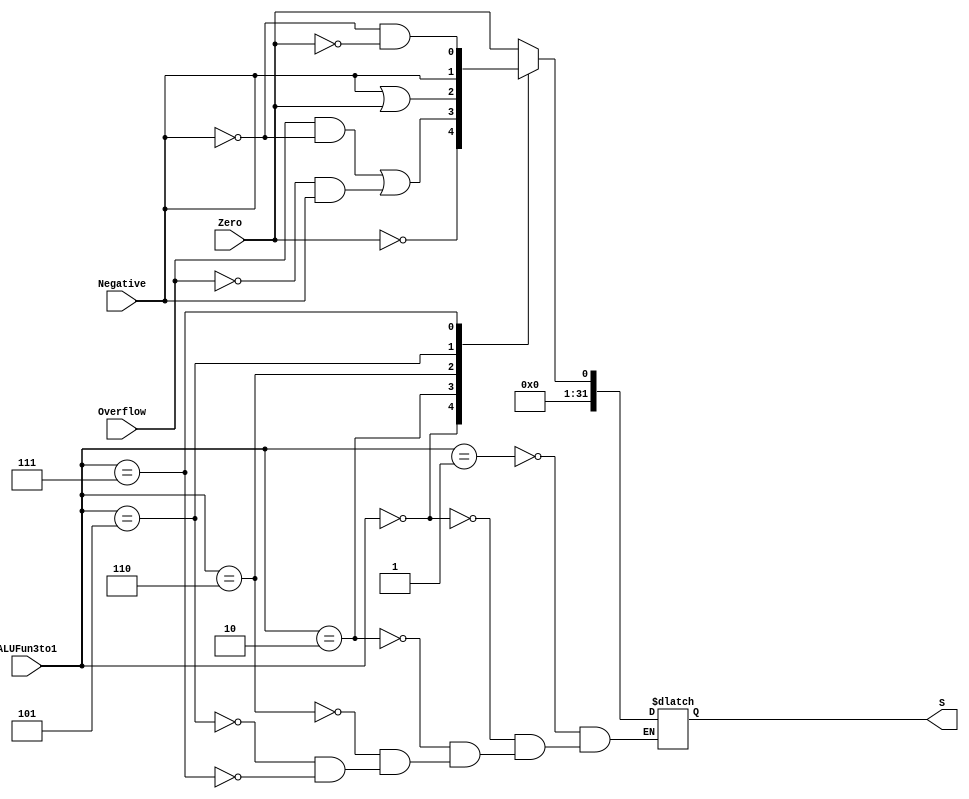
`timescale 1ns/1ps
module CMP (Zero,Overflow,Negative,ALUFun3to1,S);

    input Zero,Overflow,Negative;   //bit zone output by ADD/SUB
    input [2:0] ALUFun3to1;         //ALUFun[3:1]

    output reg [31:0] S;            //result

    localparam  EQ  = 3'b001,
                NEQ = 3'b000,
                LT  = 3'b010,
                LEZ = 3'b110,
                LTZ = 3'b101,
                GTZ = 3'b111;

    always @ ( * )
    begin
        case (ALUFun3to1)           //use the result of SUB
            EQ:                     //if(A==B) S=1
                S <= (Zero == 1);
            NEQ:                    //if(A!=B) S=1
                S <= (Zero == 0);
            LT:                     //if(A<B) S=1
                S <= ((Overflow == 1 && Negative == 0) || (Overflow == 0 && Negative == 1));
            LEZ:                    //if(A<=0) S=1
                S <= (Negative == 1 || Zero == 1);
            LTZ:                    //if(A<0) S=1
                S <= (Negative == 1);
            GTZ:                    //if(A>0) S=1
                S <= (Negative == 0 && Zero == 0);
            default: ;
        endcase
    end

endmodule